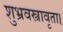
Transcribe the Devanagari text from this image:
शुभ्रवस्त्रावृता।